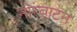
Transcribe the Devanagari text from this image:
नोरबाटन